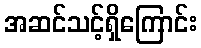
အဆင်သင့်ရှိကြောင်း